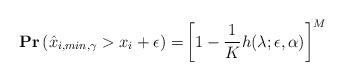
LaTeX: \begin{align*}\mathbf{Pr}\left(\hat{x}_{i,min,\gamma}> x_i + \epsilon\right) =& \left[1- \frac{1}{K}h(\lambda;\epsilon,\alpha)\right]^M\end{align*}